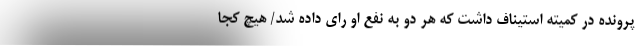
پرونده در کمیته استیناف داشت که هر دو به نفع او رای داده شد/ هیچ کجا